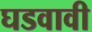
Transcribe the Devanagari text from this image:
घडवावी